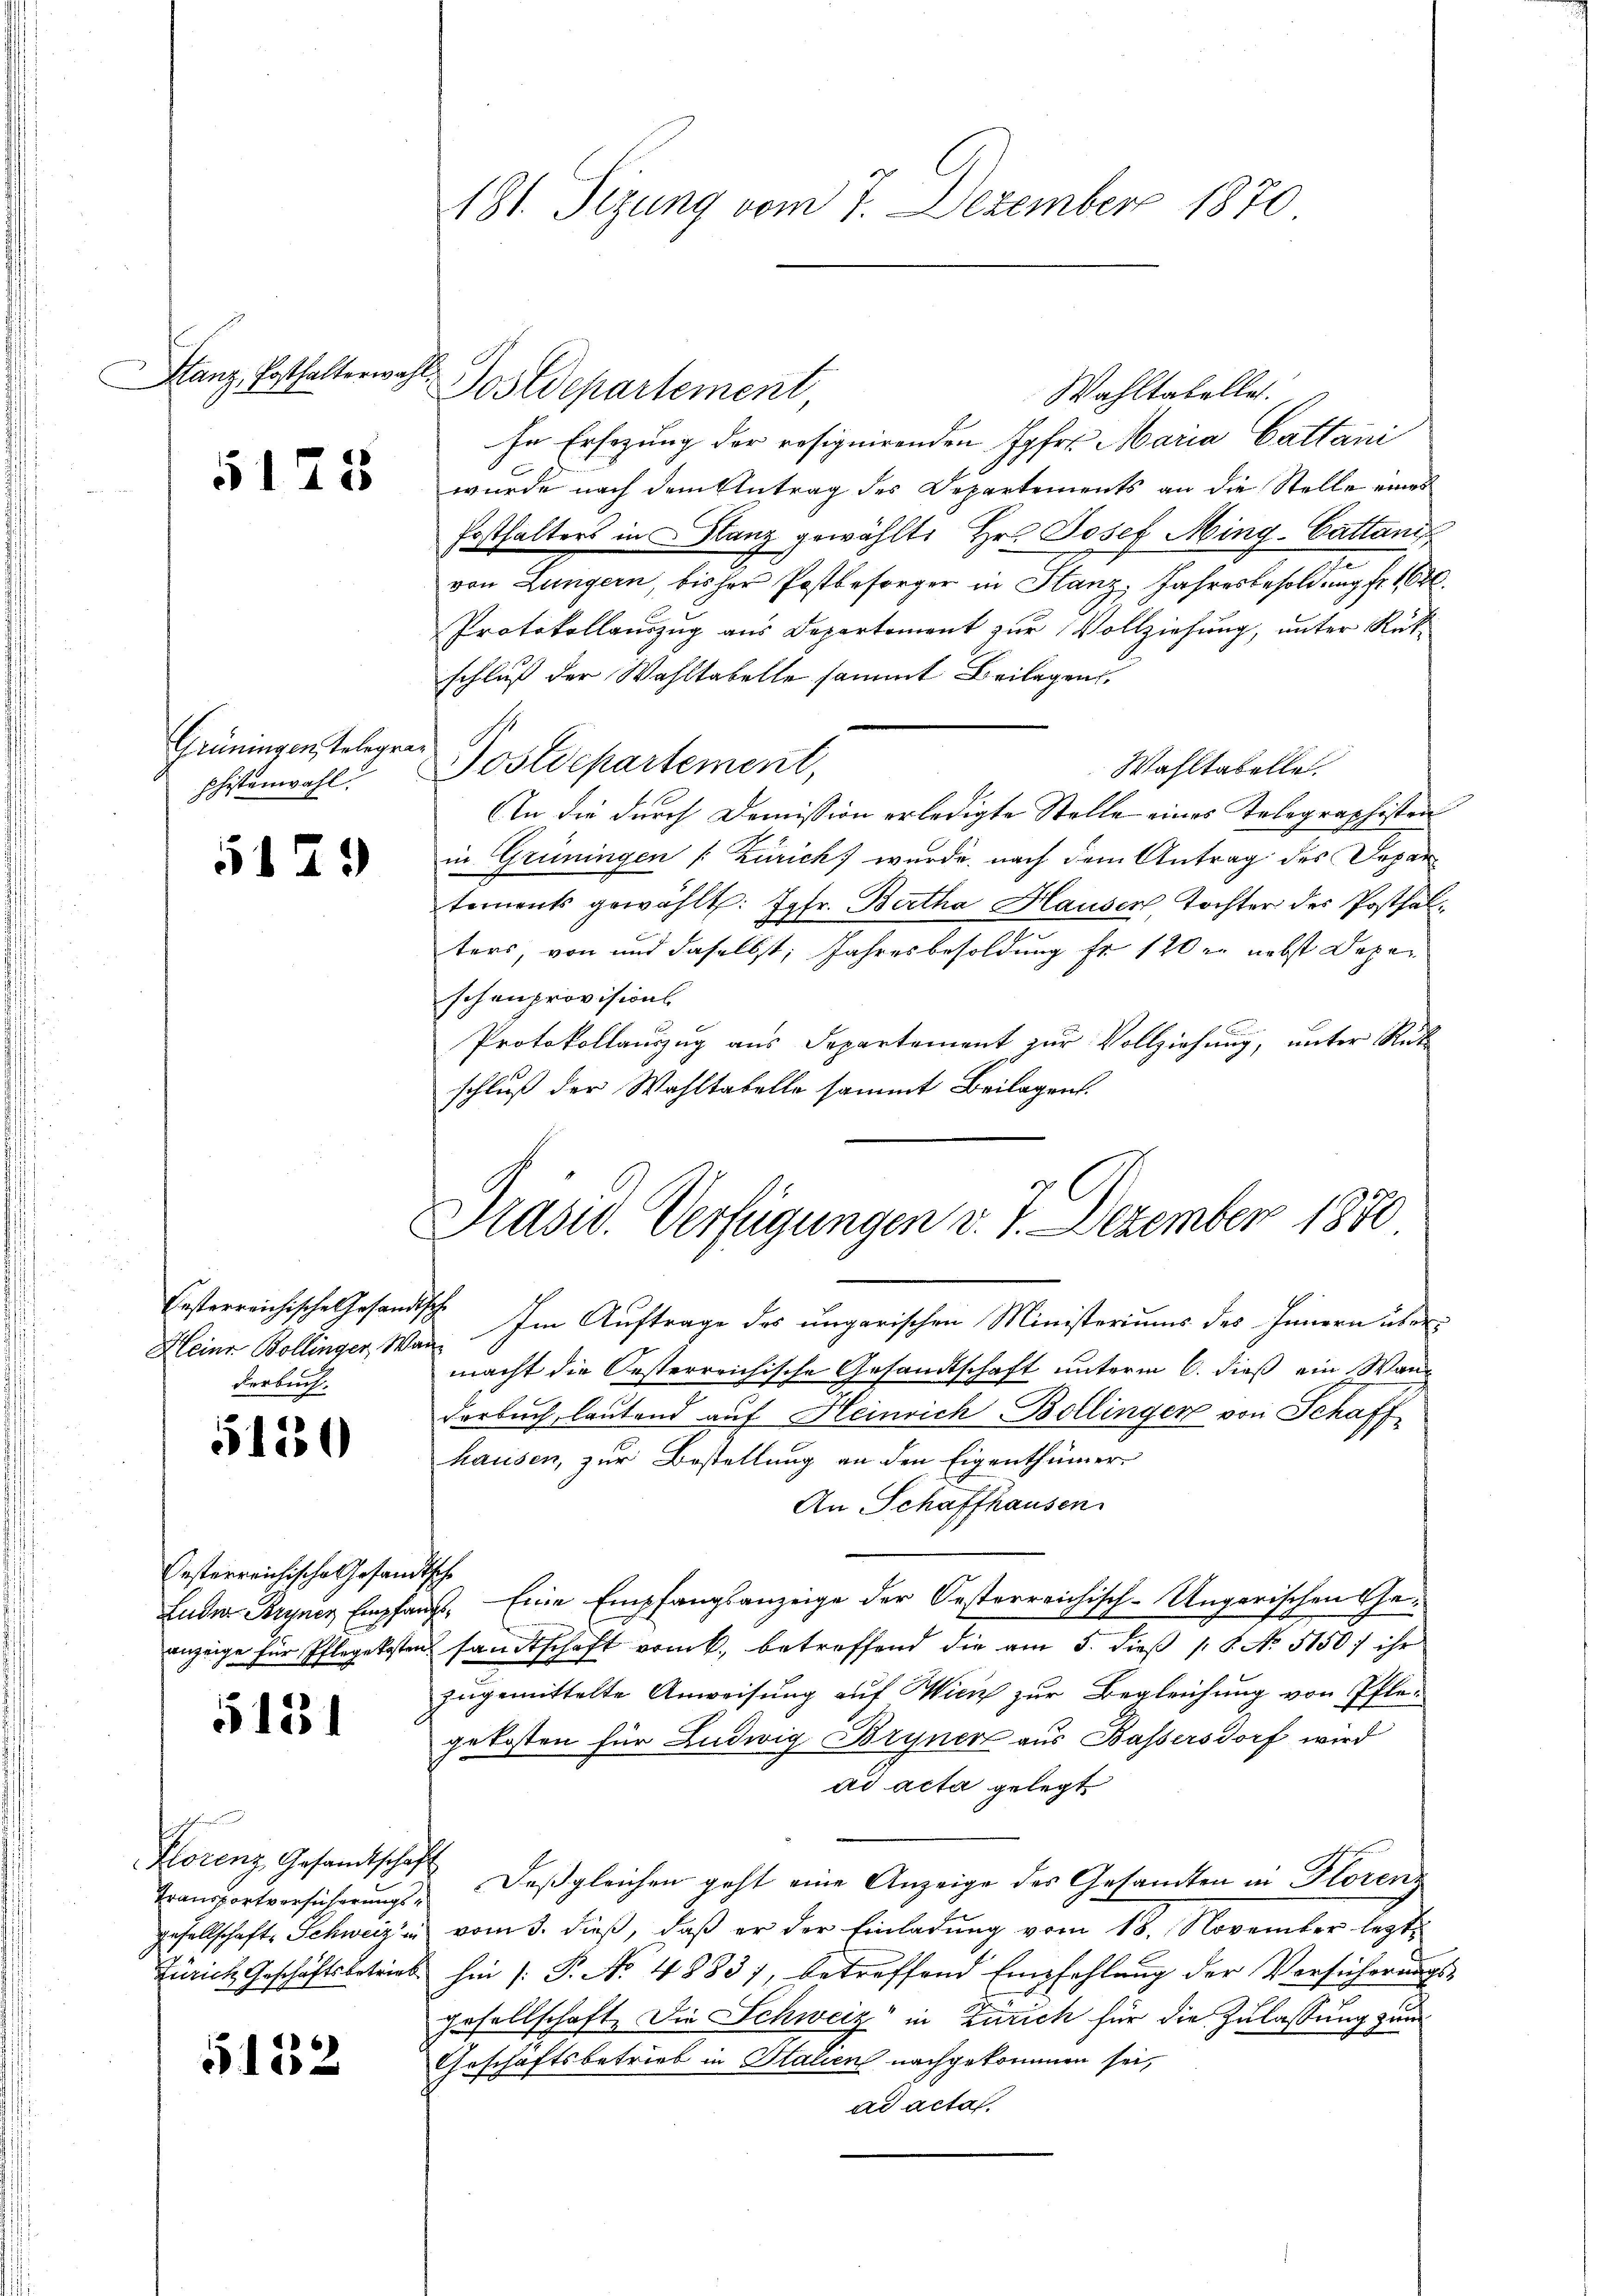
SStanz, Posthalterwahl,

5173

Grüningen, Telegraphistenwahl.

5129

Festerreichische Gesandtische
derbuch.

5150

Oesterreichische Gesandtsche

51231

Florenz Gesamtschäft

51532

181. Sizung vom 7. Dezember 1870

Postdepartement
Wahltabellat.
In Ersezung der resignirenden Jgfr. Maria Cattani
wurde nach dem Antrag des Departements an die Stelle eines
Posthalters in Glanz gewählt: Hr. Josef Ming-Cattanif
von Lungern, bisher Postbesorger in Stanz, Jahresbesoldung fr. 130.
Protokollaŭszŭg aŭs Departement zŭr Vollziehŭng ŭnter Rükschluß der Wahltabelle sammt Beilagen.
Postdepartement,
Wahltabelle.
An die durch Demission erledigte Stelle eines Telegraphisten
in Grüningen [Zürich) wurde, nach dem Antrag des Depar
tements gewählt: Jgfr. Bartha Hausen Tochter des Posthalters, von und daselbst, Jahresbesoldung fr. 120 er nebst Depar
schenprovisions
Protokollauszug aus Departement zur Vollziehung, unter Rück
schluß der Wahltabelle sammt Beilagen.

Präsid. Verfügungen v. 7. Dezember 1870

Kleine Bollinger, Wan. Im Auftrage der ungarischen Ministeriums des Innern über
macht die Oesterreichische Gesandtschaft unterm 6. dieß ein Wan¬
Verbuch, lautend auf Heinrich Bollinger von Schaff
hausen, zur Bestellung an den Eigenthümer
An Schaffhausen
Luder Bryner Empfangs. Eine Empfangsanzeige der Oesterreichisch-Ungarischen Geanzeige für Pflegekosten sandtschaft vom k. betreffend die am 5. dieβ / 5. No. 5150) ihr
zugemittelte Anweisung auf Wien zur Begleichung von Pflegekosten für Ludwig Bryner aus Bassersdorf wird
ad acta gelegt
Transportversicherŭngs- deβgleichen geht eine Anzeige des Gesandten in Florenz
gesellschaft Schweiz in vom 3. dieß, daß er der Einladung vom 18. November lezt¬
Zürich Geschäftsbetries hin /: P. No. 4883), betreffend Empfehlŭng der Versicherŭngs-
gesellschaft. Die Schweiz in Zürich für die Zulassung zum
Geschäftsbetrieb in Italien nachgekommen sei,
ad acta